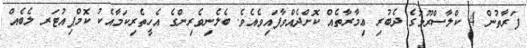
ފަރާތުން 4 ކްލާސްރޫމުގެ ދެބުރި ޢިމާރާތެއް ކޮށްދެއްވާފައިވެއެވެ. ބެލެނިވެރިންގެ އެހީތެރިކަމާއެކު ކޮމްޕިއުޓަރ ލެބެއް